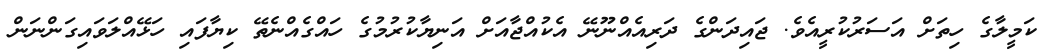
ކަމީލާގެ ހިތަށް އަސަރުކުރީއެވެ. ޖައިދަންގެ ދަރިއެއްނޫނޭ އެކުއްޖާއަށް އަނިޔާކުރުމުގެ ހައްގެއްނެތޭ ކިޔާފައި ހަޅޭއްލަވައިގަންނަން